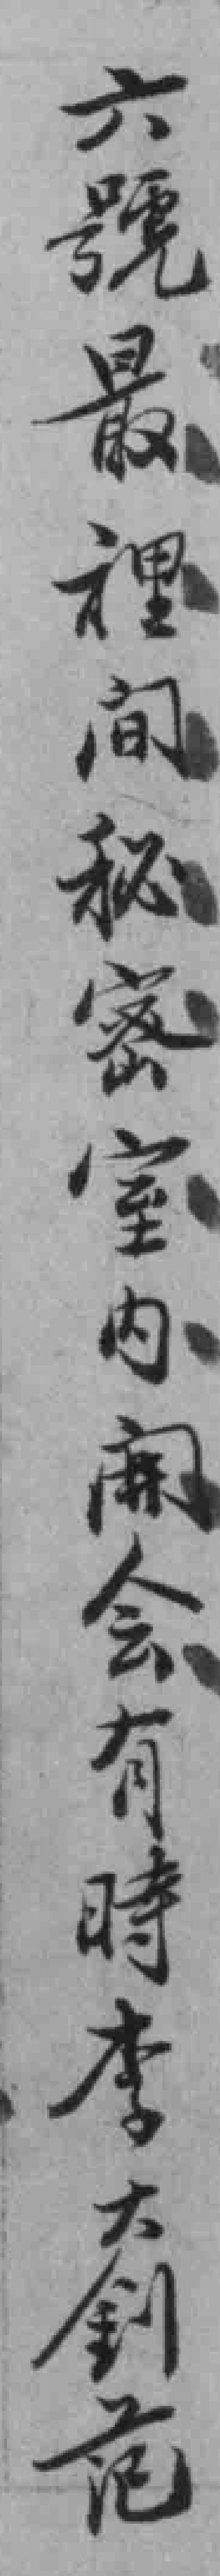
六號最裡间秘密室内𫔭会有時李大釗范